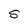
Character: S